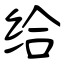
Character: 给